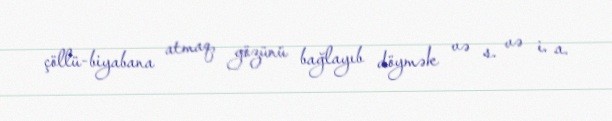
çöllü-biyabana atmaq, gözünü bağlayıb döymək və s. və i. a.